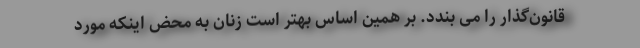
قانون‌گذار را می بندد. بر همین اساس بهتر است زنان به محض اینکه مورد